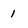
Character: 1